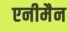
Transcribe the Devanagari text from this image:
एनीमैन